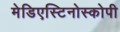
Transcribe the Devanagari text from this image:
मेडिएस्टिनोस्कोपी